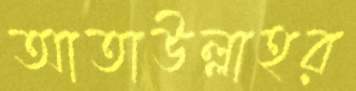
আতাউল্লাহর